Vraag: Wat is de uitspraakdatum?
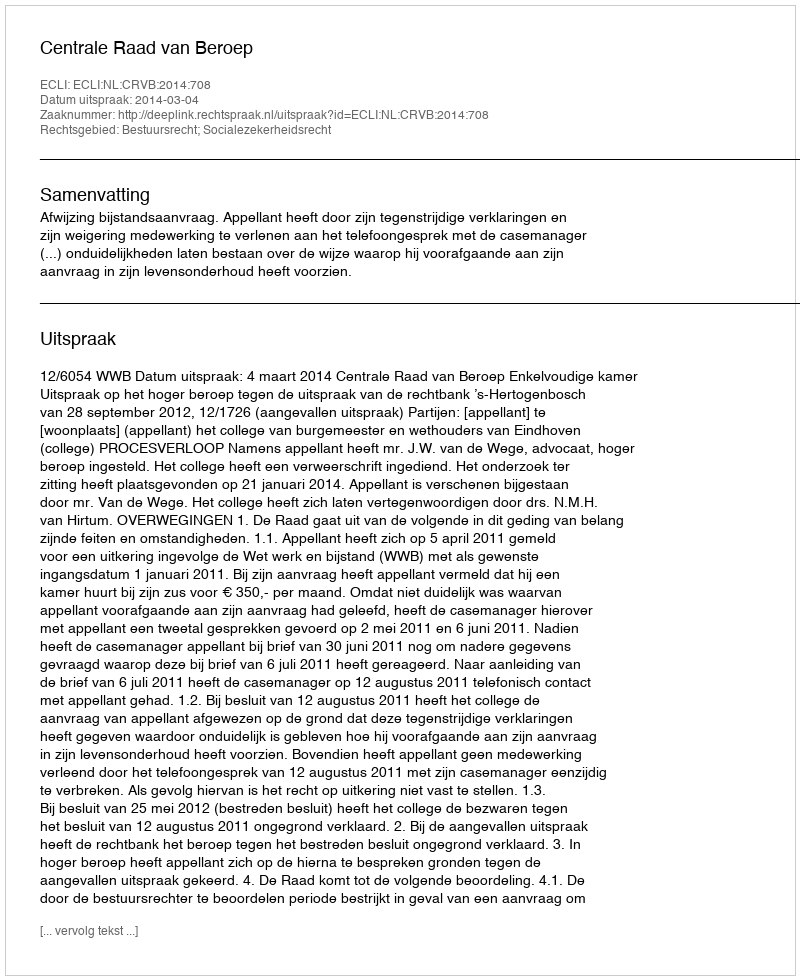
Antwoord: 2014-03-04